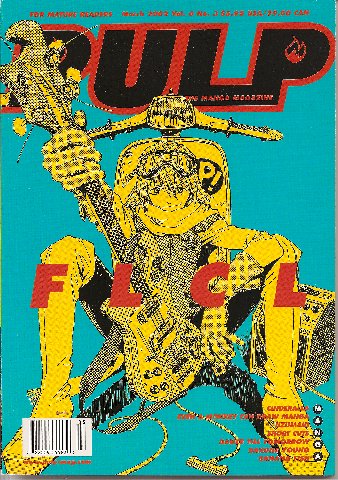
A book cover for Pulp Vol. 6 No. 3 (The Manga Magazine, March, 2002); Viz Communications; Comics & Graphic Novels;